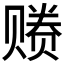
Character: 𰷩